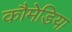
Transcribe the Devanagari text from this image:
कौमेडिया